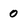
Character: 0